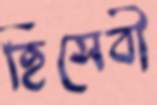
হিসেবী